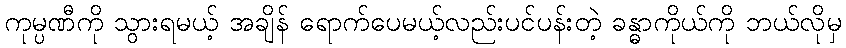
ကုမ္ပဏီကို သွားရမယ့် အချိန် ရောက်ပေမယ့်လည်းပင်ပန်းတဲ့ ခန္ဓာကိုယ်ကို ဘယ်လိုမှ